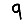
Digit: 9